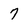
Character: 7